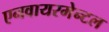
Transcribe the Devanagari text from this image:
एनवायरमेन्टल